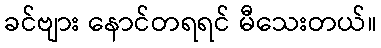
ခင်ဗျား နောင်တရရင် မီသေးတယ်။